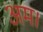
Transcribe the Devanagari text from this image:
अम।